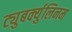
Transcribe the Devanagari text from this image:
ट्युबर्क्युलिनम